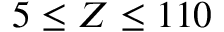
5 \leq Z \leq 1 1 0